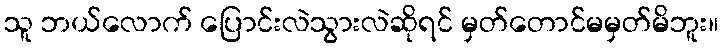
သူ ဘယ်လောက် ပြောင်းလဲသွားလဲဆိုရင် မှတ်တောင်မမှတ်မိဘူး။